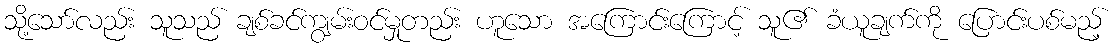
သို့သော်လည်း သူသည် ချစ်ခင်ကျွမ်းဝင်မှုတည်း ဟူသော အကြောင်းကြောင့် သူ၏ ခံယူချက်ကို ပြောင်းပစ်မည့်